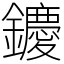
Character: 𨯙